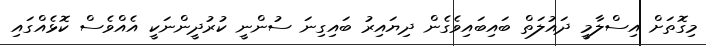
މިގޮތަށް އިސްލާމީ ދައުލަތް ބައިބައިވެގެން ދިޔައިރު ބައިގިނަ ސުންނީ ކުރުދީންނަކީ އެއްވެސް ކޮޅެއްގައި